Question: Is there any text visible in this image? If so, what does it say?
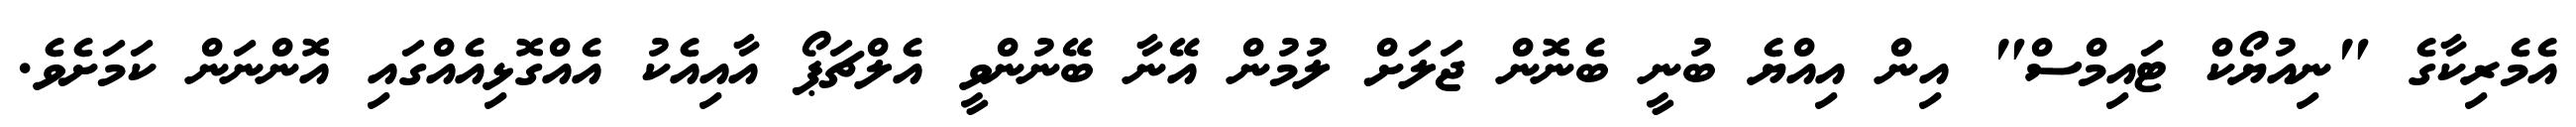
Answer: އެމެރިކާގެ "ނިއުޔޯކް ޓައިމްސް" އިން އިއްޔެ ބުނީ ބެނޮން ޖަލަށް ލުމުން އޭނާ ބޭނުންވީ އެލްޗަޕޯ އާއިއެކު އެއްގޮޅިއެއްގައި އޮންނަން ކަމަށެވެ.